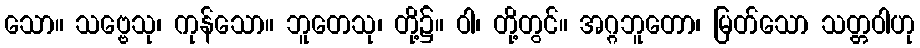
သော။ သဗ္ဗေသု၊ ကုန်သော။ ဘူတေသု၊ တို့၌။ ဝါ၊ တို့တွင်။ အဂ္ဂဘူတော၊ မြတ်သော သတ္တဝါဟု